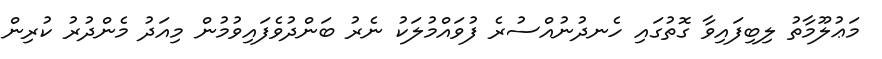
މަޢުލޫމާތު ލިބިފައިވާ ގޮތުގައި ހެނދުނުއްސުރެ ފުވައްމުލަކު ނެރު ބަންދުވެފައިވުމުން މިއަދު މެންދުރު ކުރިން